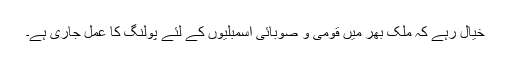
خیال رہے کہ ملک بھر میں قومی و صوبائی اسمبلیوں کے لئے پولنگ کا عمل جاری ہے۔